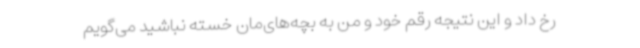
رخ داد و این نتیجه رقم خود و من به بچه‌های‌مان خسته نباشید می‌گویم